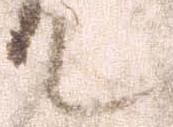
て